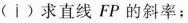
(i)求直线FP的斜率；